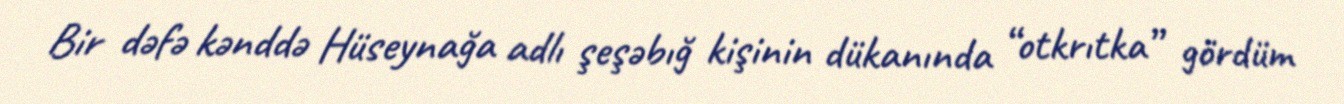
Bir dəfə kənddə Hüseynağa adlı şeşəbığ kişinin dükanında “otkrıtka” gördüm